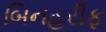
બિનહરીફ